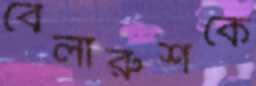
বেলারুশকে